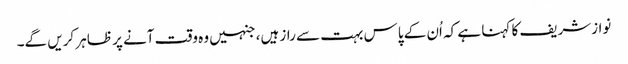
نوازشریف کا کہنا ہے کہ اُن کے پاس بہت سے راز ہیں، جنہیں وہ وقت آنے پر ظاہر کریں گے۔